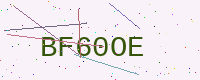
Text: BF60OE